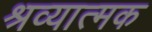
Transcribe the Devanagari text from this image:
श्रव्यात्मक